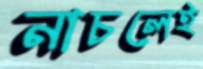
নাচলেই